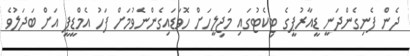
ދެން ފެނިގެންދަނީ ޑީއާރުޕީގެ ޓިކެޓުގައި މަޖިލީހަށް ހޮވަޑައިގެންނެވުމަށް ފަހު އެމްޑީޕީ އަށް ބަދަލުވެ